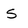
Character: s